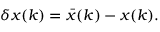
\delta x ( k ) = \bar { x } ( k ) - x ( k ) .